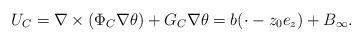
LaTeX: \begin{align*}U_C=\nabla \times (\Phi_C\nabla \theta)+G_C\nabla \theta=b(\cdot -z_0e_z)+B_{\infty}.\end{align*}